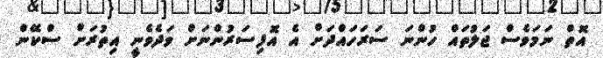
އޮތް ނަމަވެސް ޖަލުތައް ހުންނަ ސަރަހައްދަށް އެ އޮފިސަރުންނަށް ވަދެވެނީ އިތުރަށް ސްކޭން